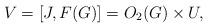
LaTeX: \begin{align*}V=[J,F(G)] = O_2(G) \times U,\end{align*}